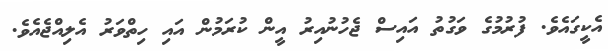
އެކީގައެވެ. ފުރުމުގެ ވަގުތު އައިސް ޖެހުނުއިރު އީން ކުރަމުން އައި ހިތްވަރު އެލިއްޖެއެވެ.